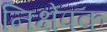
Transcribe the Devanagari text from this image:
निक्षेपक